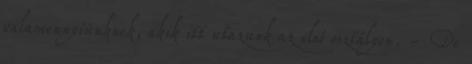
valamennyiünknek, akik itt utazunk az első osztályon. - De